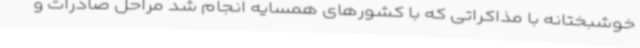
خوشبختانه با مذاکراتی که با کشورهای همسایه انجام شد مراحل صادرات و